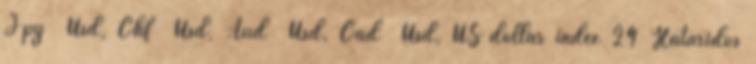
Jpy Usd, Chf Usd, Aud Usd, Cad Usd, US dollár index 24 Határidős